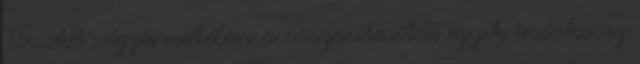
15. AB végzés esetében a visszautasítás egyik indoka az